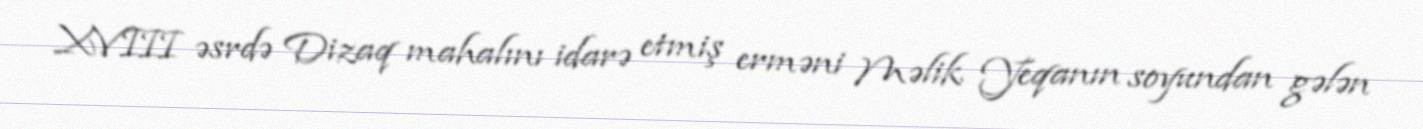
XVIII əsrdə Dizaq mahalını idarə etmiş erməni Məlik Yeqanın soyundan gələn